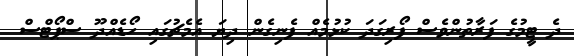
ދެ ޓީމުގެ ފަރާތުންވެސް ފޯރިގަދަ ކުޅުމެއް ފެނިގެން ދިޔަ އެމެޗުގައި ހޯޑެއްދޫ ސްޕޯޓްސް